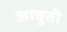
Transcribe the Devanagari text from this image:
आचुती